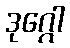
ဒုဂ္ဂေါ